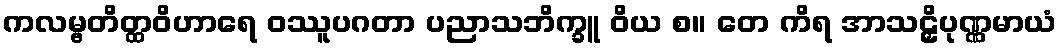
ကလမ္ဗတိတ္ထဝိဟာရေ ဝဿူပဂတာ ပညာသဘိက္ခူ ဝိယ စ။ တေ ကိရ အာသဠှိပုဏ္ဏမာယံ